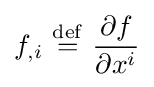
f_{,i}\ {\stackrel {\mathrm {def} }{=}}\ {\frac {\partial f}{\partial x^{i}}}